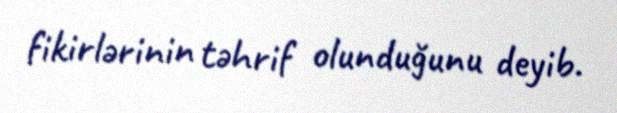
fikirlərinin təhrif olunduğunu deyib.